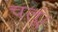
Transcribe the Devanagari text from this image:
चलूं।